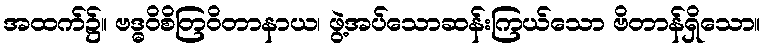
အထက်၌။ ဗဒ္ဓဝိစိတြဝိတာနာယ၊ ဖွဲ့အပ်သောဆန်းကြယ်သော ဗိတာန်ရှိသော။